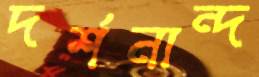
দর্শনান্দ